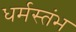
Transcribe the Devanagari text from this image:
धर्मस्तंभ